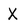
Character: X